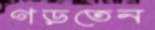
গড়তেন